Vaccine operations Central Provinces 1868-1885 - 1868-1885
Year: 1868
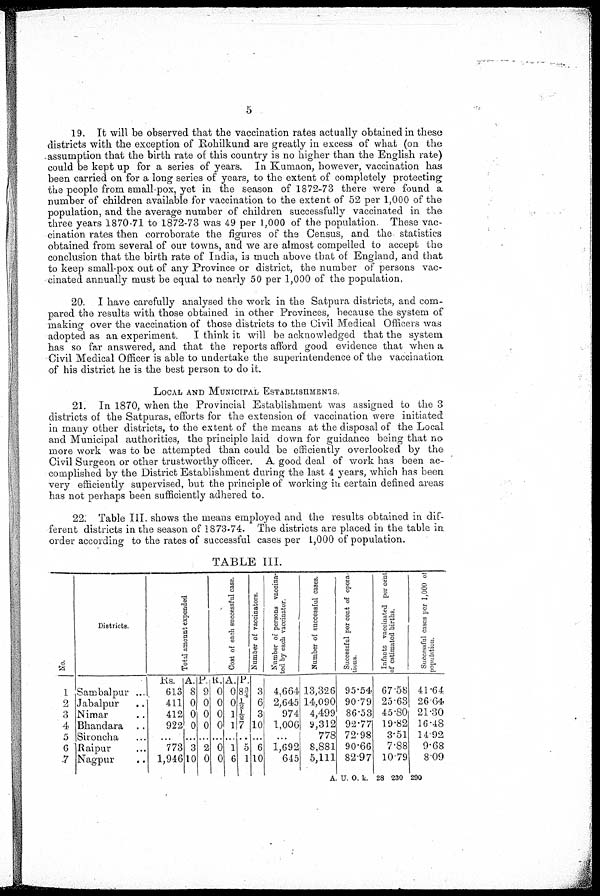
5
19. It will be observed that the vaccination rates actually obtained in these
districts with the exception of Rohilkund are greatly in excess of what (on the
assumption that the birth rate of this country is no higher than the English rate)
could be kept up for a series of years. In Kumaon, however, vaccination has
been carried on for a long series of years, to the extent of completely protecting
the people from small-pox, yet in the season of 1872-73 there were found a
number of children available for vaccination to the extent of 52 per 1,000 of the
population, and the average number of children successfully vaccinated in the
three years 1870-71 to 1872-73 was 49 per 1,000 of the population. These vac-
cination rates then corroborate the figures of the Census, and the statistics
obtained from several of our towns, and we are almost compelled to accept the
conclusion that the birth rate of India, is much above that of England, and that
to keep small-pox out of any Province or district, the number of persons vac-
cinated annually must be equal to nearly 50 per 1,000 of the population,
20. I have carefully analysed the work in the Satpura districts, and com-
pared the results with those obtained in other Provinces, because the system of
making over the vaccination of those districts to the Civil Medical Officers was
adopted as an experiment. I think it will be acknowledged that the system
has so far answered, and that the reports afford good evidence that when a
Civil Medical Officer is able to undertake the superintendence of the vaccination
of his district he is the best person to do it.
LOCAL AND MUNICIPAL ESTABLISHMENT
21. In 1870, when the Provincial Establishment was assigned to the 3
districts of the Satpuras, efforts for the extension of vaccination were initiated
in many other districts, to the extent of the means at the disposal of the Local
and Municipal authorities, the principle laid down for guidance being that no
more work was to be attempted than could be efficiently overlooked by the
Civil Surgeon or other trustworthy officer. A good deal of work has been ac-
complished by the District Establishment during the last 4 years, which has been
very efficiently supervised, but the principle of working in certain defined areas
has not perhaps been sufficiently adhered to.
22. Table III. shows the means employed and the results obtained in dif-
ferent districts in the season of 1873-74. The districts are placed in the table in
order according to the rates of successful cases per 1,000 of population.
TABLE III.
No.
1
2
3
4
5
6
7
Districts
Sambalpur ...
Jabalpur
..
Nimar ...
Bhandara ...
Sironcha ...
Raipur
Nagpur ...
Total amount expended
Rs.
613
411
412
922
...
773
1,946
A.
8
0
0
0
...
3
10
P.
9
0
0
0
...
2
0
Coat of each successful case.
R.
0
0
0
0
...
0
0
A.
0
0
1
1
...
1
6
P.
8¾
½
½ 7
...
5
1
Number of vaccinators.
3
6
3
10
...
6
10
Number of persons vaccina¬
ted by each vaccinator
4,664
2,645
974
1,006
...
1,692
645
Number of successful cases.
13,326
14,090
4,499
9,312
778
8,881
5,111
Successful percent of opera-
tions.
95.54
90.79
86.53
92.77
72.98
90.66
82.97
Infants vaccinated per cent
of estimated births.
67.58
25.63
45.80
19.82
3.51
7.88
10.79
Successful cases per 1,000 of
population.
41.64
26.64
21.30
16.48
14.92
9.68
8.09
A. U. O. k. 28 230 290